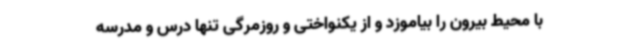
با محیط بیرون را بیاموزد و از یکنواختی و روزمرگی تنها درس و مدرسه